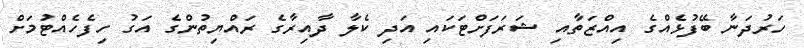
ހަރުދަނާ ބޭފުޅެއްގެ އިއްޒަތާއި ޝަރަފަށްޓަކައި އަދި ކެލާ ދާއިރާގެ ރައްޔިތުންގެ އަގު ހިފެހެއްޓުމަށް